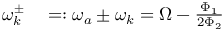
\begin{array} { r l } { \omega _ { k } ^ { \pm } } & { { } = : \omega _ { a } \pm \omega _ { k } = \Omega - \frac { \Phi _ { 1 } } { 2 \Phi _ { 2 } } } \end{array}